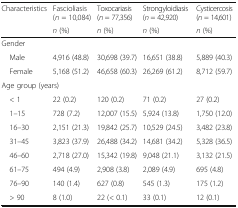
<table><thead><tr><td><b>Characteristics</b></td><td><b>Fascioliasis (<i>n</i> = 10,084)</b></td><td><b>Toxocariasis (<i>n</i> = 77,356)</b></td><td><b>Strongyloidiasis (<i>n</i> = 42,920)</b></td><td><b>Cysticercosis (<i>n</i> = 14,601)</b></td></tr><tr><td></td><td><b><i>n</i> (%)</b></td><td><b><i>n</i> (%)</b></td><td><b><i>n</i> (%)</b></td><td><b><i>n</i> (%)</b></td></tr></thead><tbody><tr><td colspan="5">Gender</td></tr><tr><td> Male</td><td>4,916 (48.8)</td><td>30,698 (39.7)</td><td>16,651 (38.8)</td><td>5,889 (40.3)</td></tr><tr><td> Female</td><td>5,168 (51.2)</td><td>46,658 (60.3)</td><td>26,269 (61.2)</td><td>8,712 (59.7)</td></tr><tr><td colspan="5">Age group (years)</td></tr><tr><td> &lt; 1</td><td>22 (0.2)</td><td>120 (0.2)</td><td>71 (0.2)</td><td>27 (0.2)</td></tr><tr><td> 1–15</td><td>728 (7.2)</td><td>12,007 (15.5)</td><td>5,924 (13.8)</td><td>1,750 (12.0)</td></tr><tr><td> 16–30</td><td>2,151 (21.3)</td><td>19,842 (25.7)</td><td>10,529 (24.5)</td><td>3,482 (23.8)</td></tr><tr><td> 31–45</td><td>3,823 (37.9)</td><td>26,488 (34.2)</td><td>14,681 (34.2)</td><td>5,328 (36.5)</td></tr><tr><td> 46–60</td><td>2,718 (27.0)</td><td>15,342 (19.8)</td><td>9,048 (21.1)</td><td>3,132 (21.5)</td></tr><tr><td> 61–75</td><td>494 (4.9)</td><td>2,908 (3.8)</td><td>2,089 (4.9)</td><td>695 (4.8)</td></tr><tr><td> 76–90</td><td>140 (1.4)</td><td>627 (0.8)</td><td>545 (1.3)</td><td>175 (1.2)</td></tr><tr><td> &gt; 90</td><td>8 (1.0)</td><td>22 (&lt; 0.1)</td><td>33 (0.1)</td><td>12 (0.1)</td></tr></tbody></table>